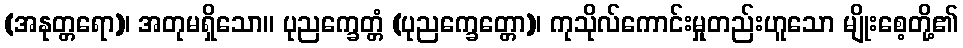
(အနုတ္တရော)၊ အတုမရှိသော။ ပုညက္ခေတ္တံ (ပုညက္ခေတ္တော)၊ ကုသိုလ်ကောင်းမှုတည်းဟူသော မျိုးစေ့တို့၏